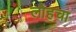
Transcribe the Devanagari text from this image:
लोहचा